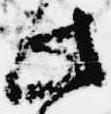
此